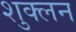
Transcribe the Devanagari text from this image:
शुक्लन